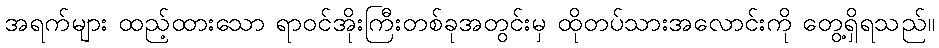
အရက်များ ထည့်ထားသော ရာဝင်အိုးကြီးတစ်ခုအတွင်းမှ ထိုတပ်သားအလောင်းကို တွေ့ရှိရသည်။